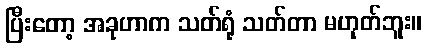
ပြီးတော့ အခုဟာက သတ်ရုံ သတ်တာ မဟုတ်ဘူး။